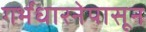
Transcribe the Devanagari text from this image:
गर्भधारनेपासून